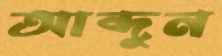
আব্দুন